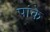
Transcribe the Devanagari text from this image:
पांके